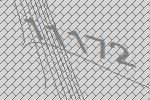
11172